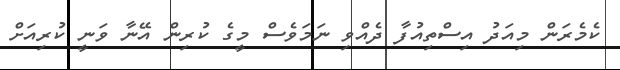
ކެމެރަން މިއަދު އިސްތިއުފާ ދެއްވި ނަމަވެސް މީގެ ކުރިން އޭނާ ވަނީ ކުރިއަށް